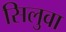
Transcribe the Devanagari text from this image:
सिलुवा